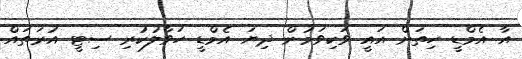
އާ އެމްޑީ ހިތަށް އައީ ވަކިވަމުން ދިޔަ އެމްޑީ ހަވާލުކުރި ސިޓީ އުރަތައް